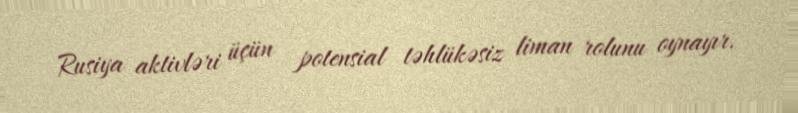
Rusiya aktivləri üçün potensial təhlükəsiz liman rolunu oynayır.